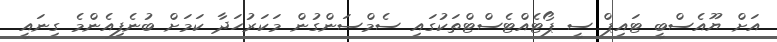
އަށް ޔޫއެސްބީ ޓައިޕް ސީ ޕޯޓެއްޓެސްޓްތަކުގައި ސެމްސަންގުން މަކަރުހަދާ ކަމަށް ބުނެފިއެންމެ ގިނައީ